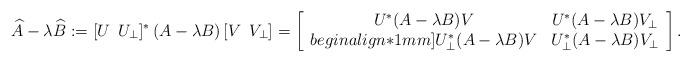
LaTeX: \begin{align*}\widehat A-\lambda \widehat B:= [U \ \, U_{\perp}]^*\,(A - \lambda B)\,[V \ \, V_{\perp}]= \left[\begin{array}{cc}U^*(A-\lambda B)V & U^*(A-\lambda B)V_{\perp} \\begin{align*}1mm]U_{\perp}^*(A-\lambda B)V & U_{\perp}^*(A-\lambda B)V_{\perp}\end{array}\right].\end{align*}